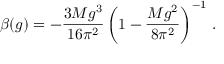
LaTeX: \beta ( g ) = - \frac { 3 M g ^ { 3 } } { 1 6 \pi ^ { 2 } } \left( 1 - \frac { M g ^ { 2 } } { 8 \pi ^ { 2 } } \right) ^ { - 1 } \, .